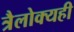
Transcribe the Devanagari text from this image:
त्रैलोक्यही